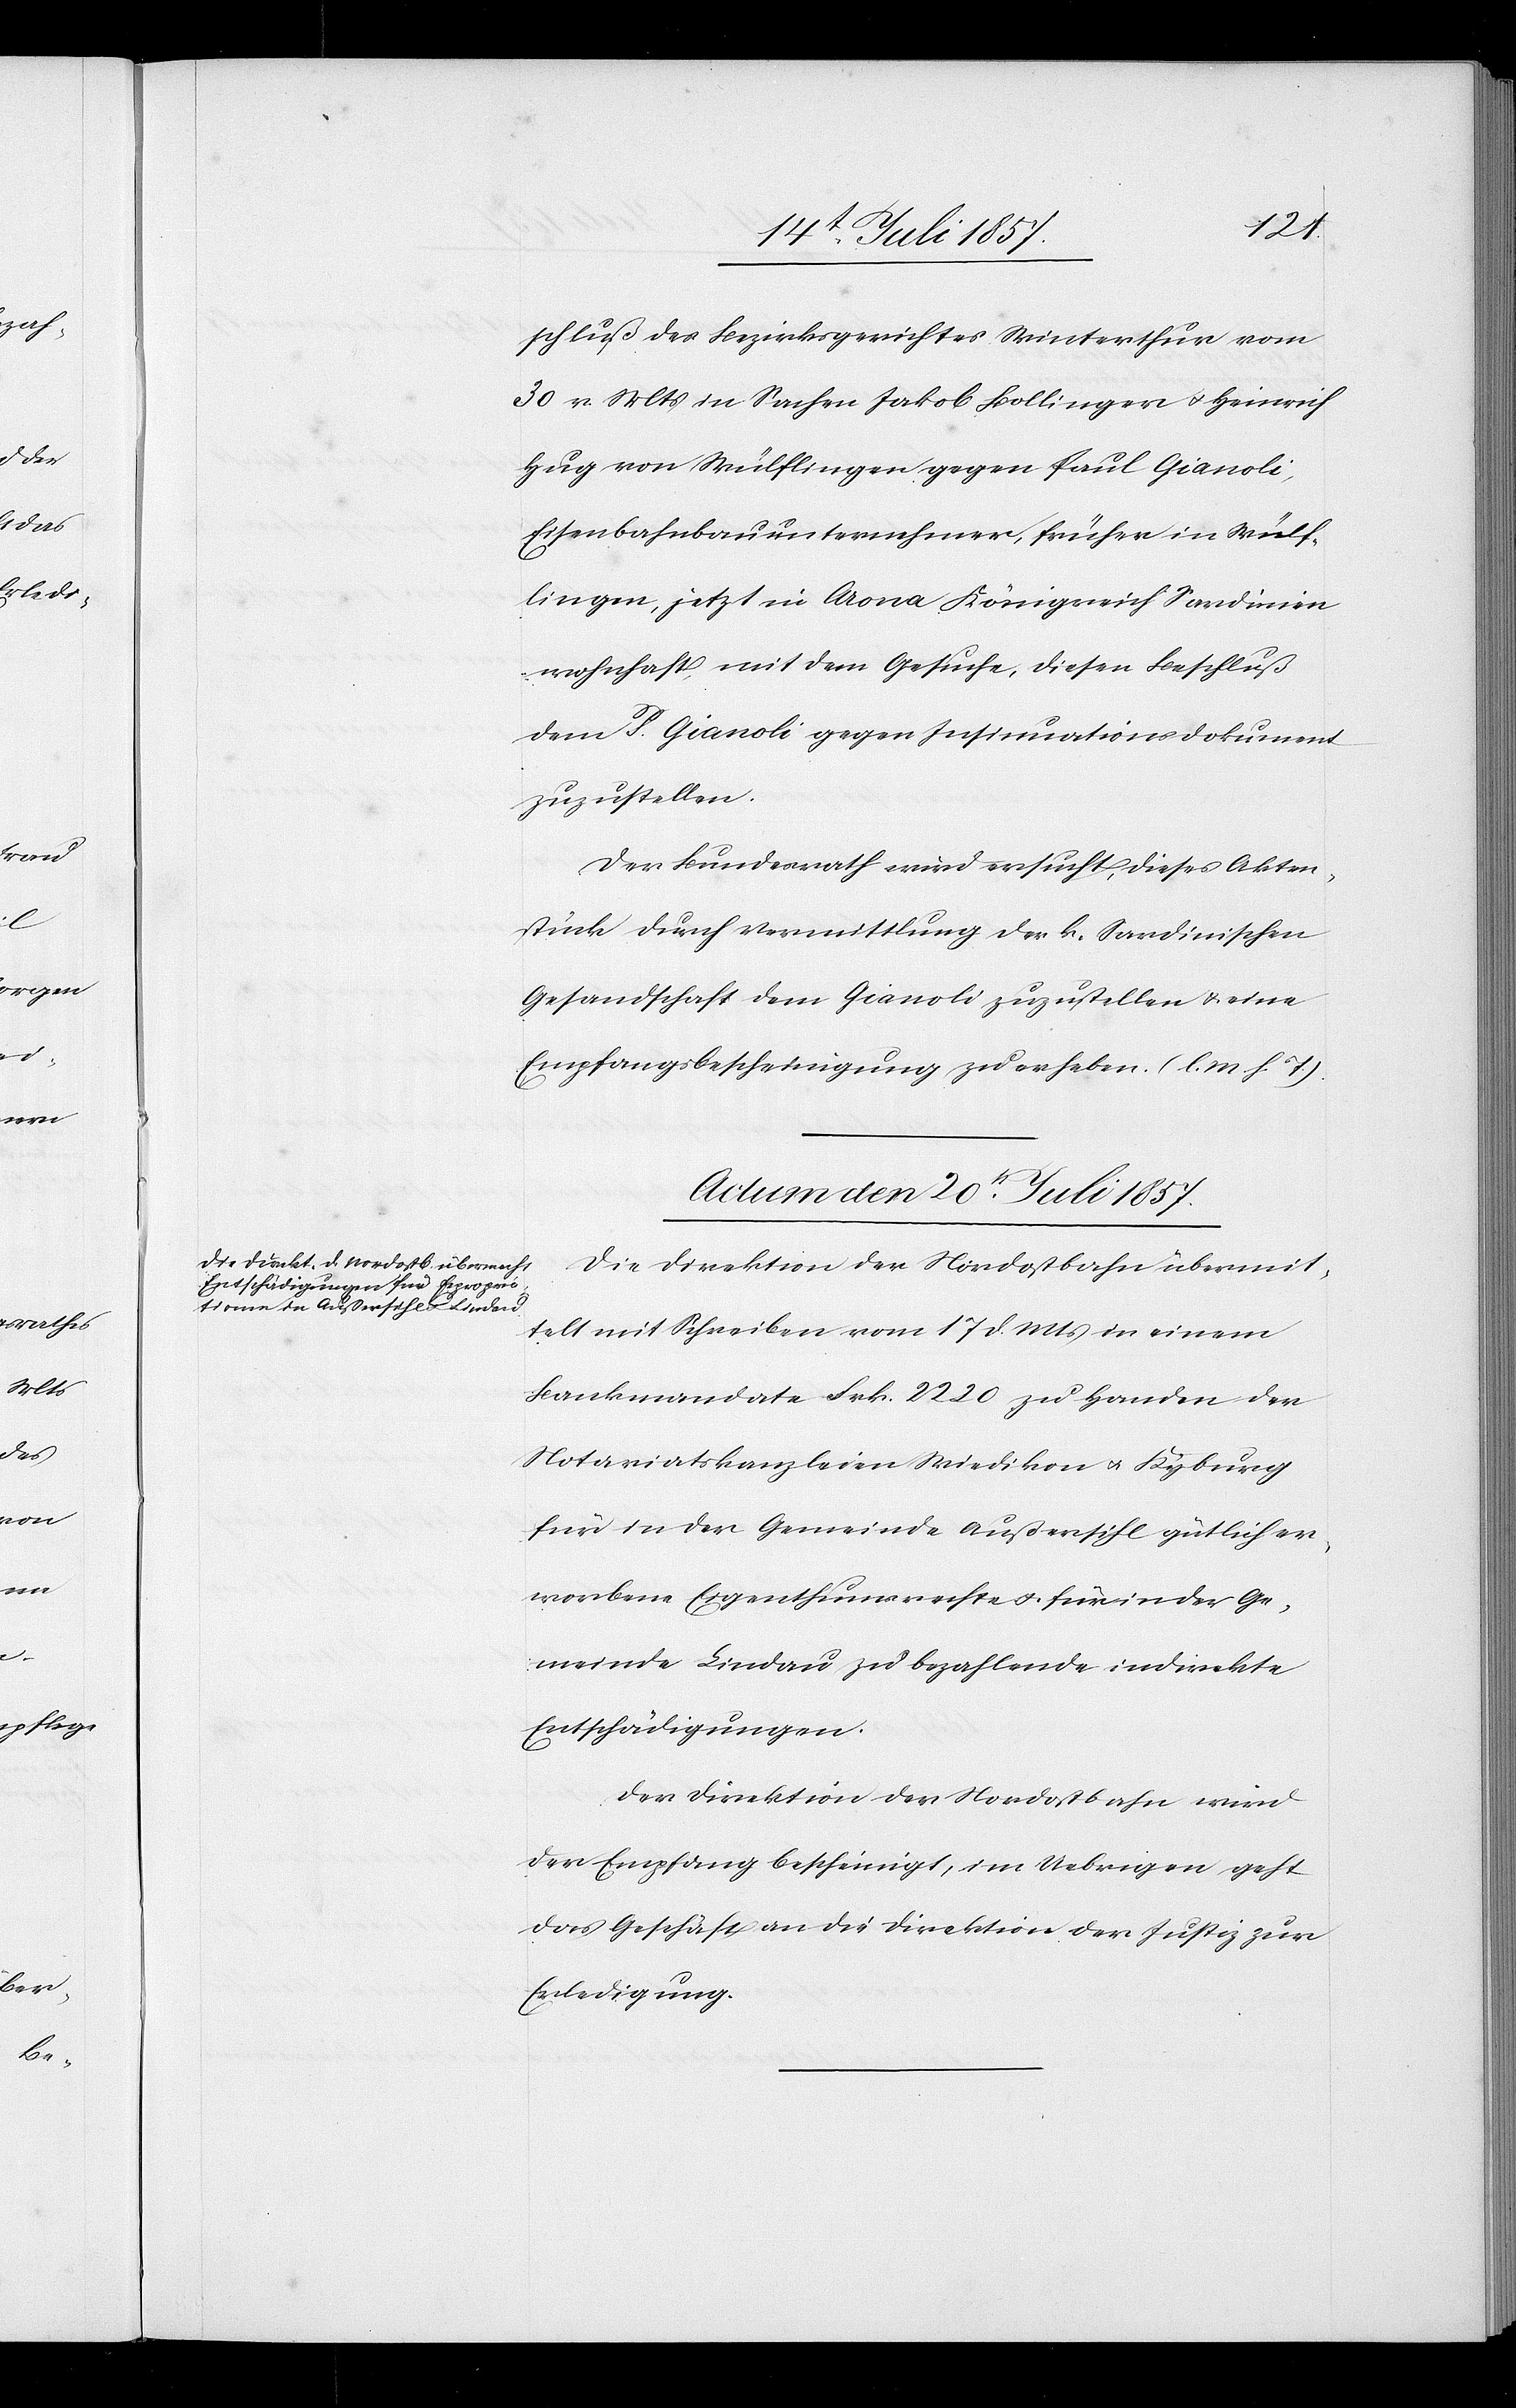
schluß des Bezirksgerichtes Winterthur vom
30 v. Mts. in Sachen Jakob Bollinger & Heinrich
Hug von Wülflingen gegen Paul Gianoli,
Eisenbahnunternehmer, früher in Wülf¬
lingen, jetzt in Arona Königreich Sardinien
wohnhaft, mit dem Gesuche, diesen Beschluß
dem P. Gianoli gegen Insinuationsdokument
zuzustellen.
Der Bundesrath wird ersucht, dieses Akten¬
stück durch Vermittlung der k. Sardinischen
Gesandtschaft dem Gianoli zuzustellen & eine
Empfangsbescheinigung zu erheben. [l. M. h. T]
Actum den 20t Juli 1857.
Die Direktion der Nordostbahn übermit¬
telt mit Schreiben vom 17 d. Mts. in einem
Bankmandate Frk. 2 220 zu Handen der
Notariatskanzleien Wiedikon & Kyburg
für in der Gemeinde Außersihl gütlich er¬
worbene Eigenthumsrechte & für in der Ge¬
meinde Lindau zu bezahlende indirekte
Entschädigungen.
Der Direktion der Nordostbahn wird
der Empfang bescheinigt, im Uebrigen geht
das Geschäft an die Direktion der Justiz zur
Erledigung.